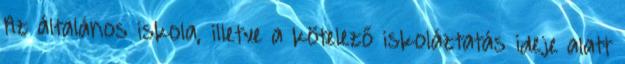
Az általános iskola, illetve a kötelező iskoláztatás ideje alatt